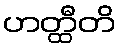
ဟတ္ထီတိ